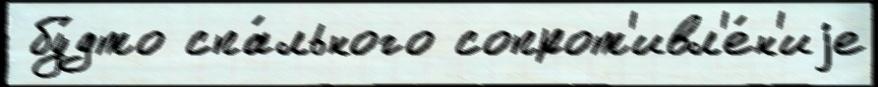
 бу́дто спа́льного сопрот'ивл'е́н'иjе